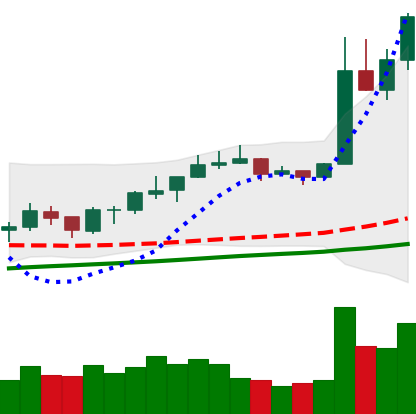
Ticker: NEO-USD
Chart end date: 2019-06-25
Forward return: -14.218%
Label: down_7plus